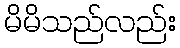
မိမိသည်လည်း